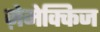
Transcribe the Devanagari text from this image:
ज़ेमेक्किज